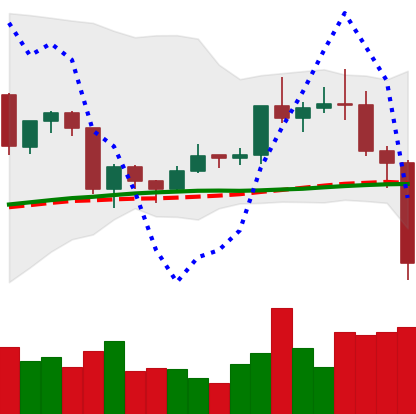
Ticker: TRX-USD
Chart end date: 2020-12-23
Forward return: 18.985%
Label: up_7plus